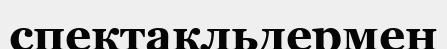
спектакльдермен